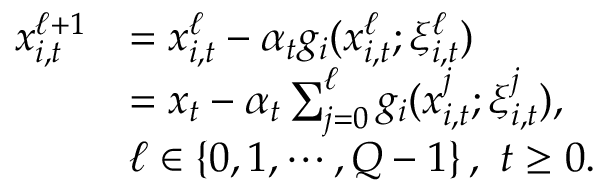
\begin{array} { r l } { x _ { i , t } ^ { \ell + 1 } } & { = x _ { i , t } ^ { \ell } - \alpha _ { t } g _ { i } ( x _ { i , t } ^ { \ell } ; \xi _ { i , t } ^ { \ell } ) } \\ & { = x _ { t } - \alpha _ { t } \sum _ { j = 0 } ^ { \ell } g _ { i } ( x _ { i , t } ^ { j } ; \xi _ { i , t } ^ { j } ) , } \\ & { \ell \in \left\{ 0 , 1 , \cdots , Q - 1 \right\} , \ t \geq 0 . } \end{array}